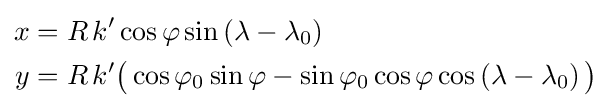
{\begin{aligned}x&=R\,k'\cos \varphi \sin \left(\lambda -\lambda _{0}\right)\\y&=R\,k'{\big (}\cos \varphi _{0}\sin \varphi -\sin \varphi _{0}\cos \varphi \cos \left(\lambda -\lambda _{0}\right){\big )}\\\end{aligned}}